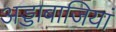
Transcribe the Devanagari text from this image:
अड्डाबाजियां